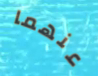
عنهما